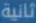
ثانية